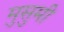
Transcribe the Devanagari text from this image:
मुसुमी